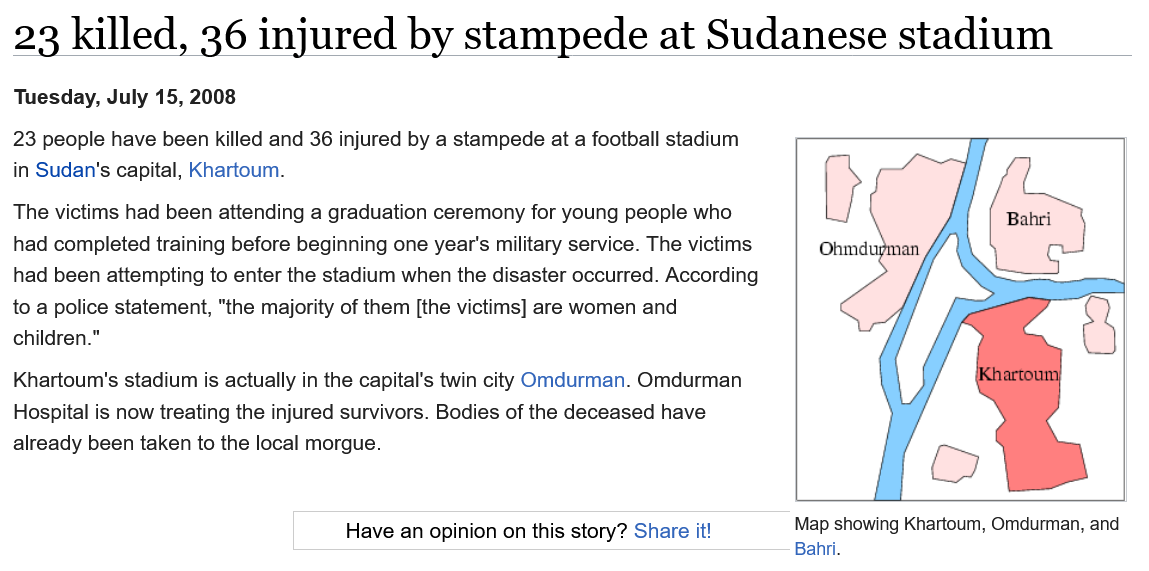
23   killed,    36   injured    by    stampede    at   Sudanese    stadium
  23 people have been killed and 36 injured by a stampede at a football stadium
  in Sudan's capital, Khartoum.
  The victims had been attending a graduation ceremony for young people who
  had completed training before beginning one year's military service. The victims
  had been attempting to enter the stadium when the disaster occurred. According
  to a police statement, "the majority of them [the victims] are women and
  children."
  Khartoum's stadium is actually in the capital's twin city Omdurman. Omdurman
  Hospital is now treating the injured survivors. Bodies of the deceased have
  already been taken to the local morgue.
     Have  an opinion on this story? Share it!  Map showing Khartoum, Omdurman, and
     Bahri.
  Tuesday, July 15, 2008